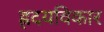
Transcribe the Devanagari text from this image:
ह्रदयविकार